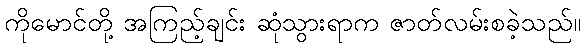
ကိုမောင်တို့ အကြည့်ချင်း ဆုံသွားရာက ဇာတ်လမ်းစခဲ့သည်။